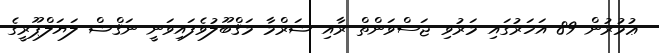
ޢުމުރުން 89 އަހަރުގައި މަރުވި ޖަސްވަންތް ރާއި ޝަރްމާ މަޤްބޫލުވެފައިވަނީ ނަޤްޝް ލަޔަލްޕޫރީގެ